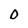
Character: 0